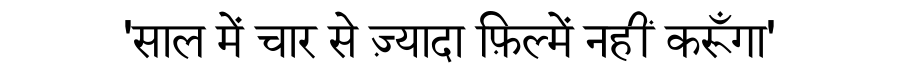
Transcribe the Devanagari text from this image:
'साल में चार से ज़्यादा फ़िल्में नहीं करूँगा'